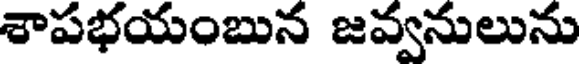
శాపభయంబున జవ్వనులును